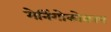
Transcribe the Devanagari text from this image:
मेनिंगोकोकाय